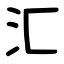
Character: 汇